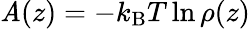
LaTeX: \mathit{A}(z)=-k_{\mathrm{{B}}}T\ln\rho(z)